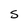
Character: S